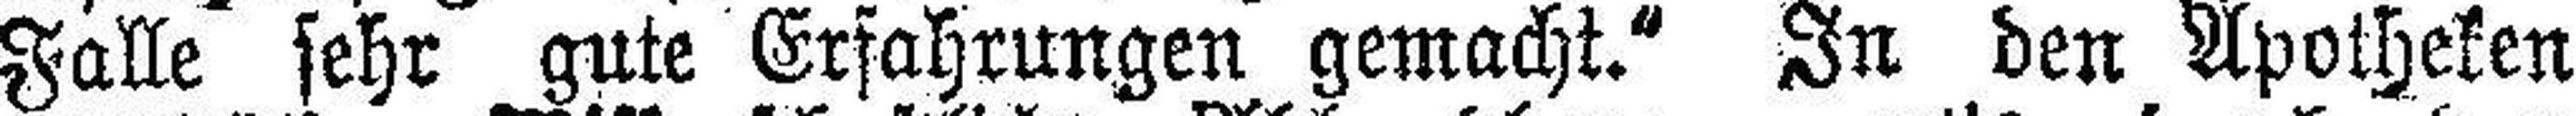
Falle sehr gute Erfahrungen gemacht.“ In den Apotheken